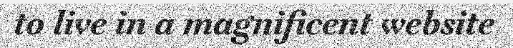
to live in a magnificent website